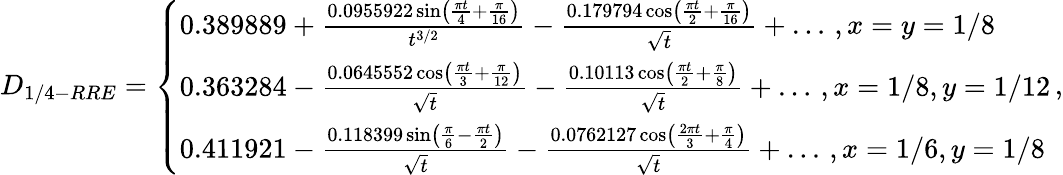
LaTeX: D_{1/4-RRE}=\left\{ \begin{array}{ll}{0.389889+\frac{0.0955922\sin\left(\frac{\pi t}{4}+\frac{\pi}{16}\right)}{t^{3/2}}-\frac{0.179794\cos\left(\frac{\pi t}{2}+\frac{\pi}{16}\right)}{\sqrt{t}}+\dots\, ,x=y=1/8}\\ {0.363284-\frac{0.0645552\cos\left(\frac{\pi t}{3}+\frac{\pi}{12}\right)}{\sqrt{t}}-\frac{0.10113\cos\left(\frac{\pi t}{2}+\frac{\pi}{8}\right)}{\sqrt{t}}+\dots\, ,x=1/8,y=1/12}\\ {0.411921-\frac{0.118399\sin\left(\frac{\pi}{6}-\frac{\pi t}{2}\right)}{\sqrt{t}}-\frac{0.0762127\cos\left(\frac{2\pi t}{3}+\frac{\pi}{4}\right)}{\sqrt{t}}+\dots\, ,x=1/6,y=1/8}\end{array}\right.\, ,